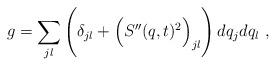
LaTeX: \begin{align*}g=\sum_{jl}\Bigg(\delta_{jl}+\Big(S''(q,t)^2\Big)_{jl}\Bigg)\,dq_jdq_l \ ,\end{align*}